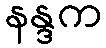
နန္ဒက